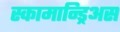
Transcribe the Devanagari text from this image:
स्कामान्ड्रिअस